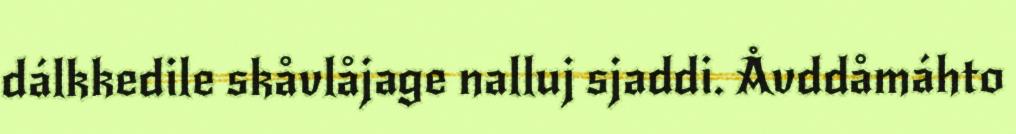
dálkkedile skåvlåjage nalluj sjaddi. Åvddåmáhto